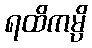
ရထိကမ္ပိ